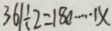
3 6 1 \div 2 = 1 8 0 \cdots 1 x